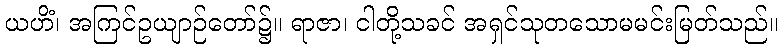
ယဟိံ၊ အကြင်ဥယျာဉ်တော်၌။ ရာဇာ၊ ငါတို့သခင် အရှင်သုတသောမမင်းမြတ်သည်။